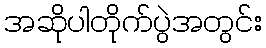
အဆိုပါတိုက်ပွဲအတွင်း